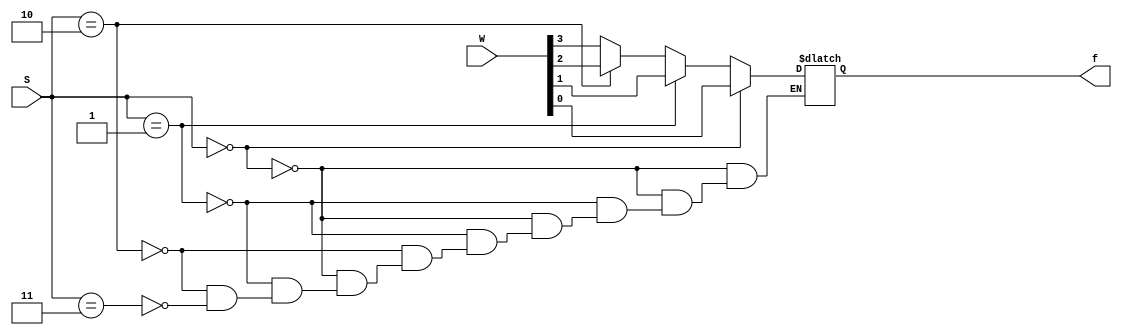
`timescale 1ns / 1ps
module mux_if(W,S,f );
input[3:0]W;
input[1:0]S;
output reg f;
always@(W,S)
    if(S==2'b00)
        f=W[0];
    else if(S==2'b01)
        f=W[1];
    else if(S==2'b10)
        f=W[2];
    else if(S==2'b11)
        f=W[3];
endmodule